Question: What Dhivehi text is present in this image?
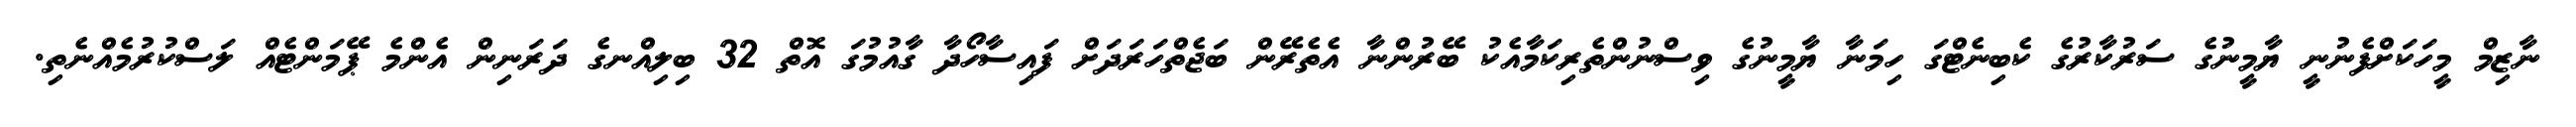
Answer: ނާޒިމް މީހަކަށްފެނުނީ ޔާމީނުގެ ސަރުކާރުގެ ކެބިނެޓްގަ ހިމަނާ ޔާމީނުގެ ވިސްނުންތެރިކަމާއެކު ބޭރުންނާ އެތެރޭން ބަޖެތްހަރަދަށް ފައިސާހޯދާ ގާއުމުގަ އޮތް 32 ބިލިއްނގެ ދަރަނިން އެންމެ ޕޭމަންޓެއް ލަސްކުރުމެއްނެތި.